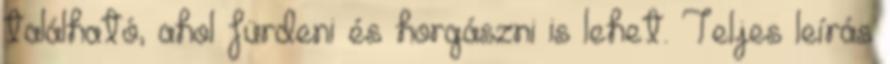
található, ahol fürdeni és horgászni is lehet. Teljes leírás